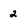
Character: 2